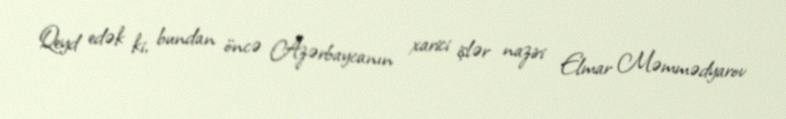
Qeyd edək ki, bundan öncə Azərbaycanın xarici işlər naziri Elmar Məmmədyarov